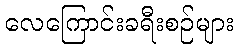
လေကြောင်းခရီးစဉ်များ